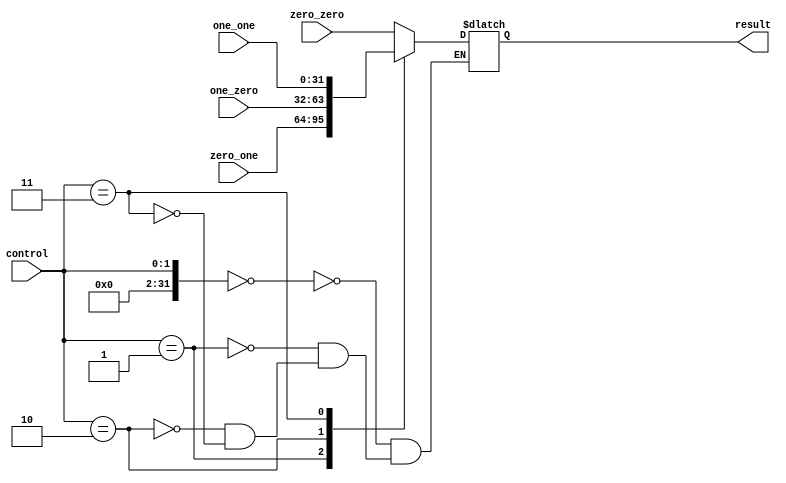
module two_bit_mux (
	input wire [1:0]control,
	input wire [31:0]zero_zero,
	input wire [31:0]zero_one,
	input wire [31:0]one_zero,
	input wire [31:0]one_one,
	
	output reg [31:0]result);
	
	integer sel = control;
	
	always
		begin				
			case (sel) 
			
			0:
				begin
					result = zero_zero;
				end
			1:
				begin
					result = zero_one;
				end
			2:
				begin
					result = one_zero;
				end
			3:
				begin
					result = one_one;
				end		
			endcase
		end
endmodule